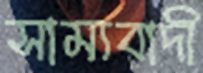
সাম্যবাদী